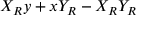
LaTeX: X _ { R } y + x Y _ { R } - X _ { R } Y _ { R }